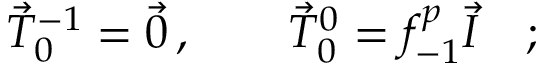
\vec { T } _ { 0 } ^ { - 1 } = \vec { 0 } \, , \qquad \vec { T } _ { 0 } ^ { 0 } = f _ { - 1 } ^ { p } \vec { I } \quad ;